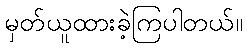
မှတ်ယူထားခဲ့ကြပါတယ်။